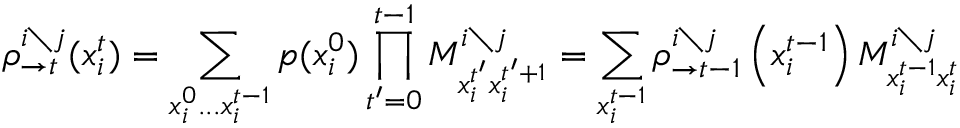
\rho _ { \rightarrow t } ^ { i \setminus j } ( x _ { i } ^ { t } ) = \sum _ { x _ { i } ^ { 0 } . . . x _ { i } ^ { t - 1 } } p ( x _ { i } ^ { 0 } ) \prod _ { t ^ { \prime } = 0 } ^ { t - 1 } M _ { x _ { i } ^ { t ^ { \prime } } x _ { i } ^ { t ^ { \prime } + 1 } } ^ { i \setminus j } = \sum _ { x _ { i } ^ { t - 1 } } \rho _ { \rightarrow t - 1 } ^ { i \setminus j } \left( x _ { i } ^ { t - 1 } \right) M _ { x _ { i } ^ { t - 1 } x _ { i } ^ { t } } ^ { i \setminus j }